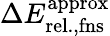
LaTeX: \Delta{E}_{\mathrm{rel.,fns}}^{\mathrm{approx}}